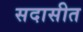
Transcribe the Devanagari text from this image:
सदासीत